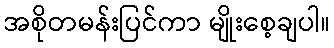
အစိုတမန်းပြင်ကာ မျိုးစေ့ချပါ။